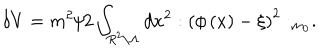
\delta V = m ^ { 2 } / 2 \int _ { R ^ { 2 } \backslash \Lambda } d x ^ { 2 } : \left( \phi \left( x \right) - \xi \right) ^ { 2 } : _ { m _ { 0 } } .